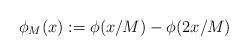
LaTeX: \begin{align*}\phi_M(x):=\phi(x/M)-\phi(2x/M)\end{align*}